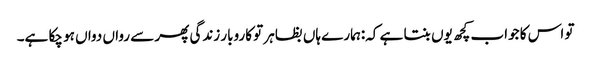
تو اس کا جواب کچھ یوں بنتا ہے کہ:ہمارے ہاں بظاہر تو کاروبار زندگی پھر سے رواں دواں ہو چکا ہے۔